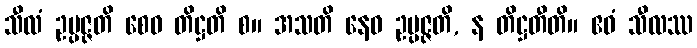
သီလံ ဥပ္ပဇ္ဇတိ စေဝ တိဋ္ဌတိ စ။ အသတိ နေဝ ဥပ္ပဇ္ဇတိ, န တိဋ္ဌတီတိ။ ဧဝံ သီလဿ